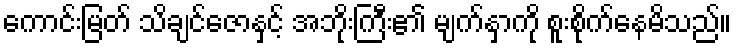
ကောင်းမြတ် သိချင်ဇောနှင့် အဘိုးကြီး၏ မျက်နှာကို စူးစိုက်နေမိသည်။